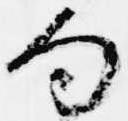
句